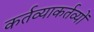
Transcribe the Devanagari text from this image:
कर्तव्याकर्तव्यों